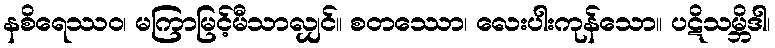
နစိရေဿဝ၊ မကြာမြင့်မီသာလျှင်။ စတဿော၊ လေးပါးကုန်သော။ ပဋိသမ္ဘိဒါ၊